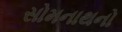
સોમનાથનો